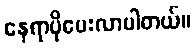
နေရာပိုပေးလာပါတယ်။